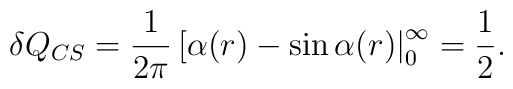
\delta Q_{CS}=\frac{1}{2\pi}\left[\alpha (r)-\sin \alpha (r)\right|_0^{\infty} = \frac{1}{2}.